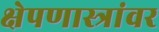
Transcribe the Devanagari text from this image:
क्षेपणास्त्रांवर